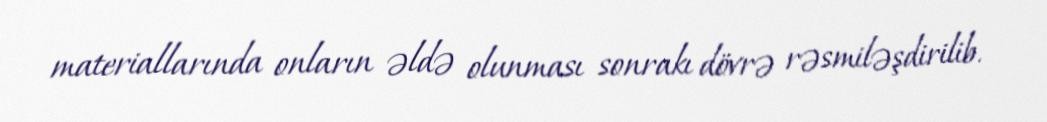
materiallarında onların əldə olunması sonrakı dövrə rəsmiləşdirilib.